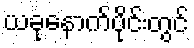
ယခုနောက်ပိုင်းတွင်